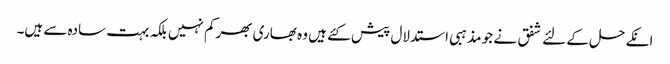
انکے حل کے لئے شفق نے جو مذہبی استدلال پیش کئے ہیں وہ بھاری بھرکم نہیں بلکہ بہت سادہ سے ہیں۔